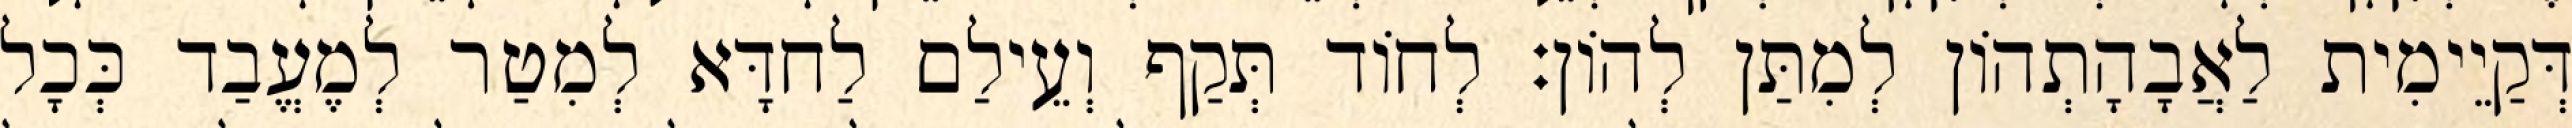
דְּקַיֵימִית לַאֲבָהָתְהוֹן לְמִתַּן לְהוֹן׃ לְחוֹד תְּקַף וְעֵילַם לַחדָּא לְמִטַר לְמֶעֱבַד כְּכָל